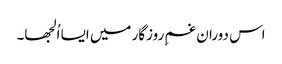
اس دوران غمِ روزگار میں ایسا اُلجھا۔